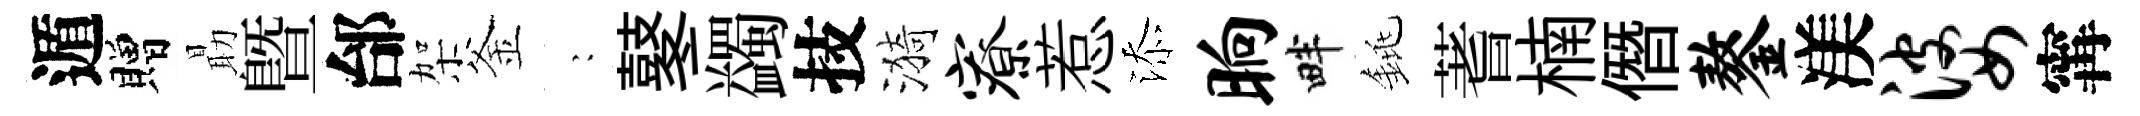
遁贈朂暨邰架釜巍鼕蠲技漪寮惹添晌畔銚蓍楠僭鏊渼婆𡩋